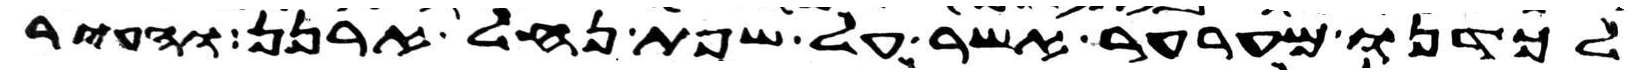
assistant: לכדנו מערער אשר על שפת נחל ארנן והעיר